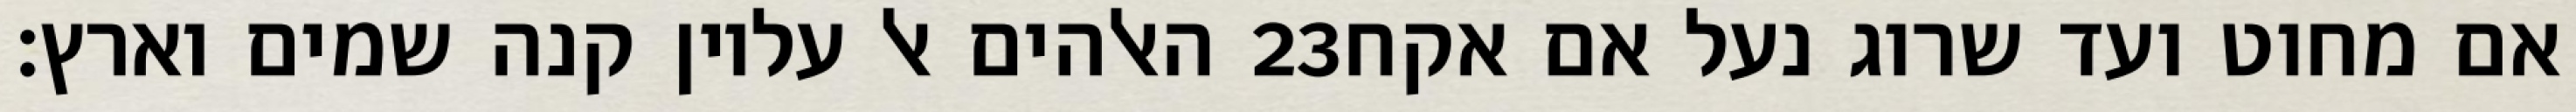
האלהים אל עליון קנה שמים וארץ׃ ‎23‏ אם מחוט ועד שרוג נעל אם אקח